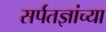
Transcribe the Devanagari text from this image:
सर्पतज्ञांच्या